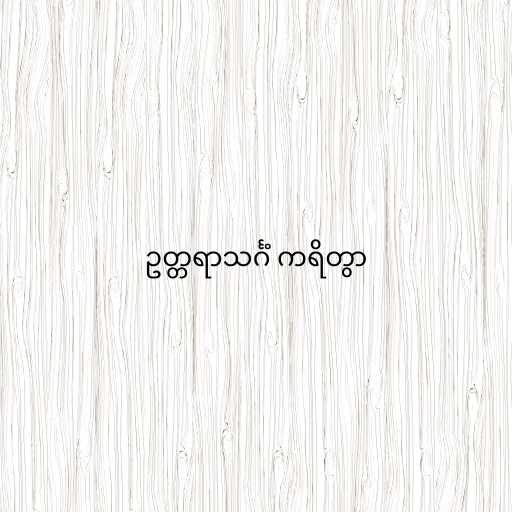
ဥတ္တရာသင်္ဂံ ကရိတွာ